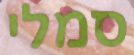
סמלי